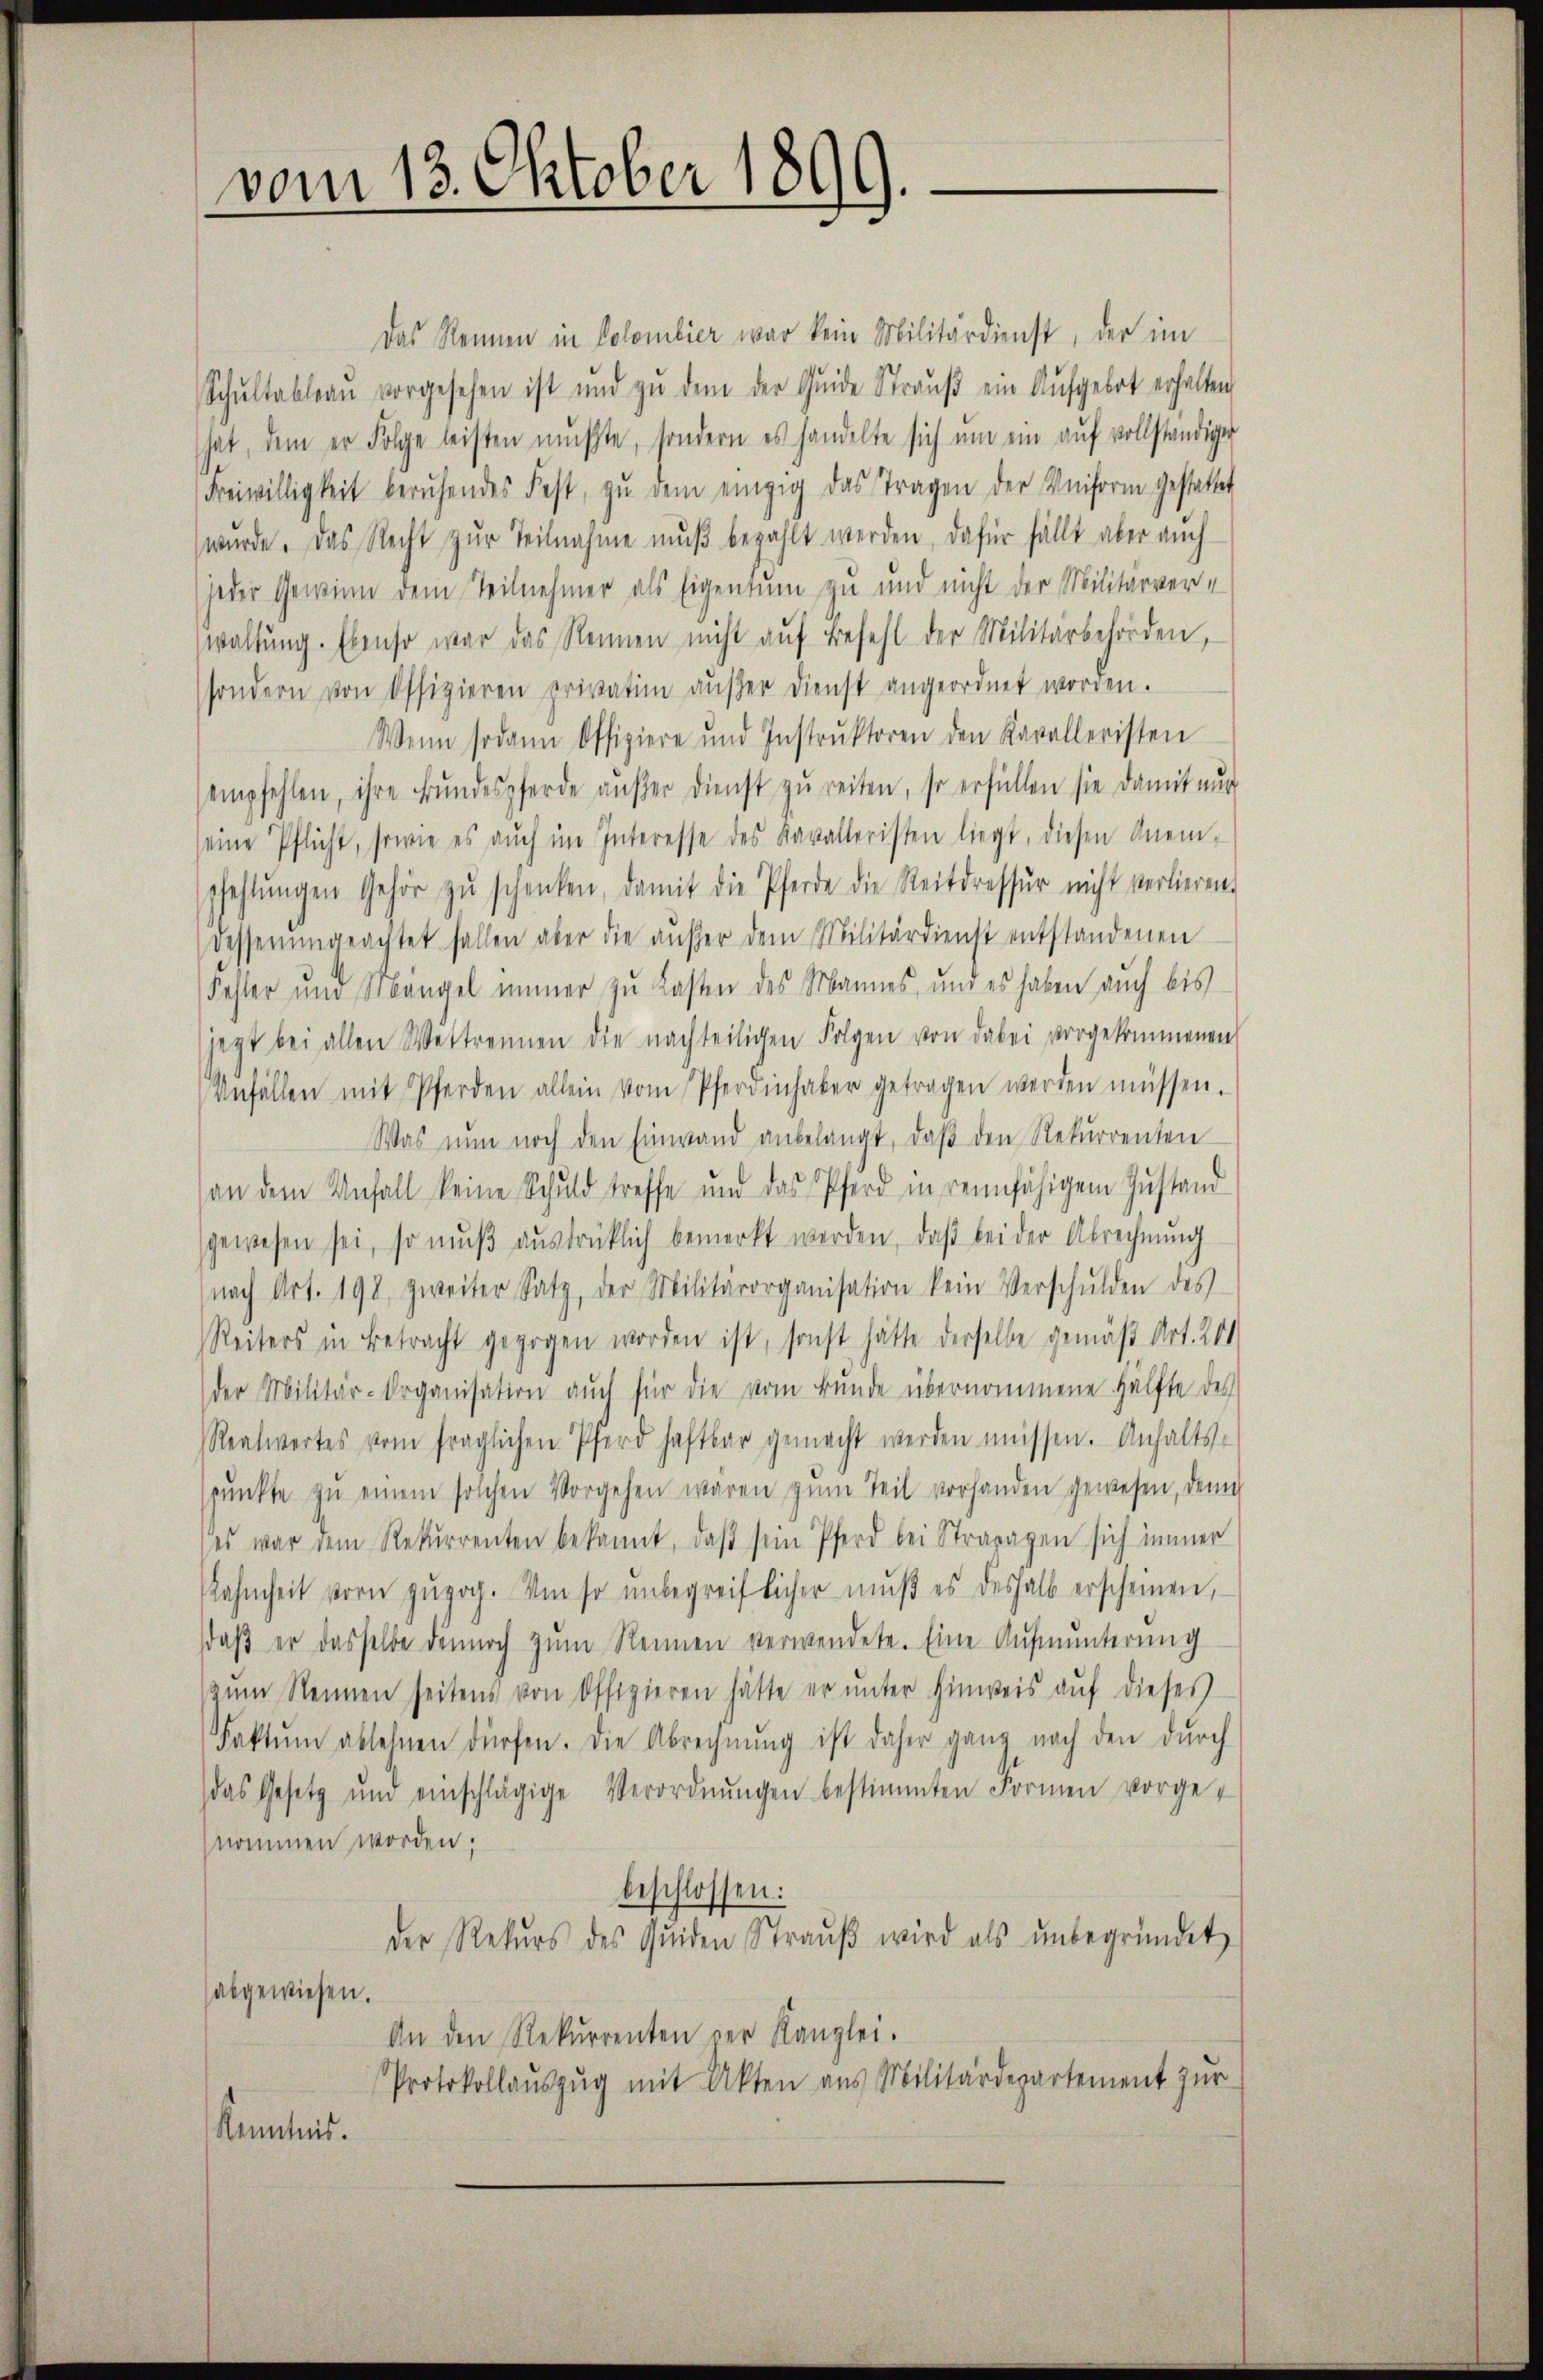
vom 13. Oktober 1899.

Das Rennen in Colombier war kein Militärdienst, der im
Schŭltableau vorgesehen ist und zŭ dem der Quide Straŭβ ein Aufgebot erhalten,
hat, dem er Folge leisten mŭβte, sondern es handelte sich ŭm ein aŭf vollständiger
Freiwilligkeit beruhendes Fest, zŭ dem einzig das Tragen der Uniform gestattet
wurde. Das Recht zŭr Teilnahme mŭβ bezahlt werden, dafür fällt aber auch
jeder Gewinn dem Teilnehmer als Eigentum zu und nicht der Militärverwaltung. Ebenso war das Rennen nicht aŭf Befehl der Militärbehörden,
sondern von Offizieren privation aŭβer dienst angeordnet worden.
Wenn sodann Offiziere und Instrŭktoren den Kavalleristen
empfehlen, ihre Bŭndespferde aŭβer dienst zŭ reiten, so erfüllen sie damit nŭr
seine Pflicht, sowie es aŭch im Interesse des Kavalleristen liegt, diesen Anein-
pfehlŭngen Gehör zŭ schenken, damit die Pferde die Reitdresser nicht verlieren.
desserungeachtet fallen aber die aŭβer dem Militärdienst entstandenen
Fehler und Mängel immer zu Lasten des Mannes, und es haben auch bis
jezt bei allen Wettrennen die nachteiligen Folgen von dabei vorgekommenen
Unfällen mit Pferden allein vom Pferdinhaber getragen werden müssen.
Was nun noch den Einwand anbelangt, daβ den Rekurrenten
an dem Unfall keine Schuld treffe und das Pferd in reinfähigem Zustand
gewesen sei, so mŭβ aŭsdrücklich bemerkt werden, daβ bei der Abrechnŭng
nach Art. 198, zweiter Satz, der Militärorganisation kein Verschulden des
Reiters in Betracht gezogen worden ist, sonst hätte derselbe gemäß Art. 201
der Militär-Organisation auch für die vom Bunde übernommene Hälfte des
Reatwertes vom fraglichen Pferd haftbar gemacht werden müssen. Anhalts-
pŭnkte zŭ einem solchen Vorgehen waren zŭm Teil vorhanden gewesen, den
des war dem Rekurrenten bekannt, daβ sein Pferd bei Strapagen sich immer
ahmheit vorn zŭzog. Um so unbegreiflicher mŭβ es deshalb erscheinen,
daβ er dasselbe dennoch zŭm Nennen verwendete. Eine Aufmunterung
zŭm Sennen seitens von Offizieren hätte er ŭnter Hinweis aŭf dieses
Faktŭm ablehnen dürfen. Die Abregnŭng ist daher ganz nach den durch
das Gesetz und einschlägige Verordnŭngen bestimmten Formen vorge-
nommen worden;
beschlossen:
der Rekŭrs des Qŭiden Straŭβ wird als ŭnbegründet
abgewiesen.
An den Rekurrenten der Kanzlei.
Protokollaŭszŭg mit Akten aus Militärdepartement zŭr
Kenntnis.